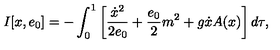
I [ x , e _ { 0 } ] = - \int _ { 0 } ^ { 1 } \left[ \frac { \dot { x } ^ { 2 } } { 2 e _ { 0 } } + \frac { e _ { 0 } } { 2 } m ^ { 2 } + g \dot { x } A ( x ) \right] d \tau ,